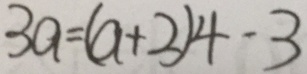
3 a = ( a + 2 ) 4 - 3